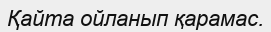
Қайта ойланып қарамас.